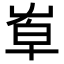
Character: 𡴙